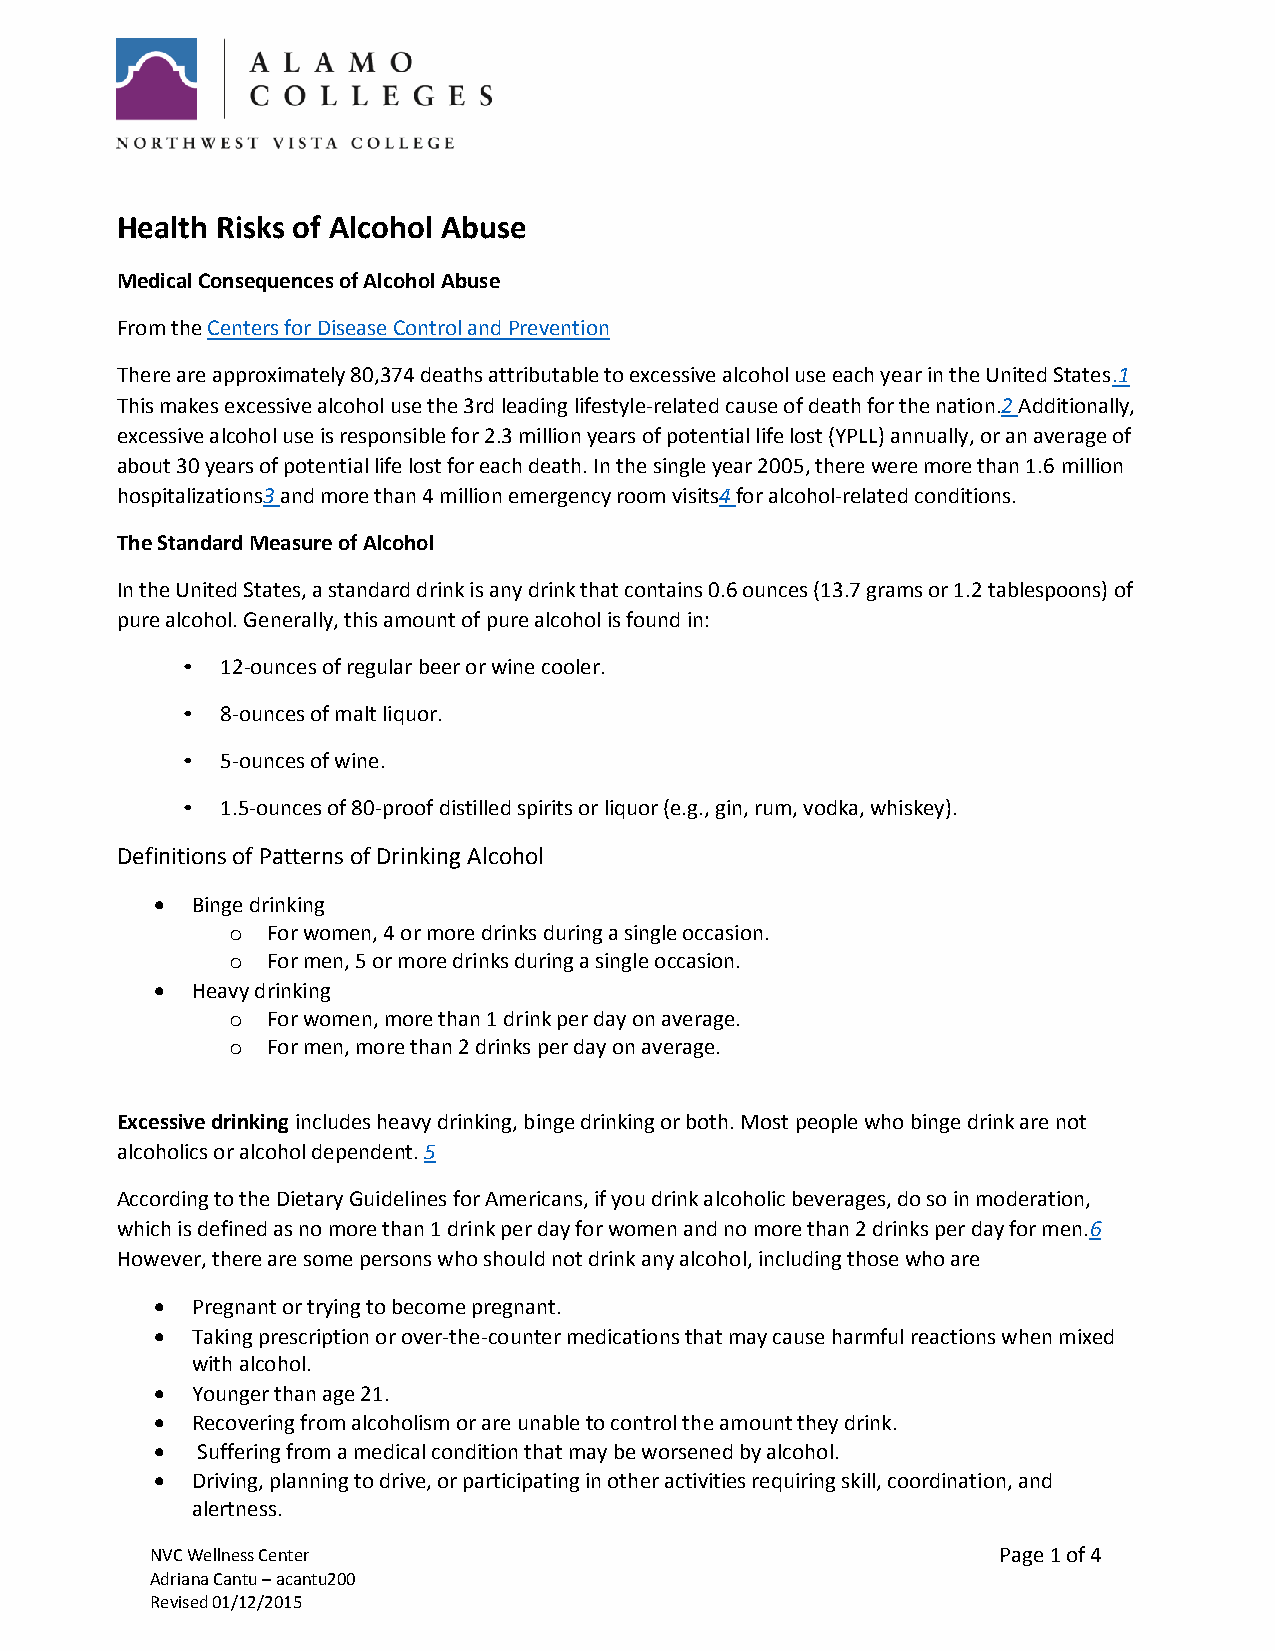
Health Risks of Alcohol Abuse
 Medical Consequences of Alcohol Abuse
 From the Centers for Disease Control and Prevention
 There are approximately 80,374 deaths attributable to excessive alcohol use each year in the United States.1
 This makes excessive alcohol use the 3rd leading lifestyle-related cause of death for the nation.2 Additionally,
 excessive alcohol use is responsible for 2.3 million years of potential life lost (YPLL) annually, or an average of
 about 30 years of potential life lost for each death. In the single year 2005, there were more than 1.6 million
 hospitalizations3 and more than 4 million emergency room visits4 for alcohol-related conditions.
 The Standard Measure of Alcohol
 In the United States, a standard drink is any drink that contains 0.6 ounces (13.7 grams or 1.2 tablespoons) of
 pure alcohol. Generally, this amount of pure alcohol is found in:
 •  12-ounces of regular beer or wine cooler.
 •  8-ounces of malt liquor.
 •  5-ounces of wine.
 •  1.5-ounces of 80-proof distilled spirits or liquor (e.g., gin, rum, vodka, whiskey).
 Definitions of Patterns of Drinking Alcohol
   Binge drinking
 o  For women, 4 or more drinks during a single occasion.
 o  For men, 5 or more drinks during a single occasion.
   Heavy drinking
 o  For women, more than 1 drink per day on average.
 o  For men, more than 2 drinks per day on average.
 Excessive drinking includes heavy drinking, binge drinking or both. Most people who binge drink are not
 alcoholics or alcohol dependent. 5
 According to the Dietary Guidelines for Americans, if you drink alcoholic beverages, do so in moderation,
 which is defined as no more than 1 drink per day for women and no more than 2 drinks per day for men.6
 However, there are some persons who should not drink any alcohol, including those who are
   Pregnant or trying to become pregnant.
   Taking prescription or over-the-counter medications that may cause harmful reactions when mixed
 with alcohol.
   Younger than age 21.
   Recovering from alcoholism or are unable to control the amount they drink.
   Suffering from a medical condition that may be worsened by alcohol.
   Driving, planning to drive, or participating in other activities requiring skill, coordination, and
 alertness.
 NVC Wellness Center                                     Page 1 of 4
 Adriana Cantu – acantu200
 Revised 01/12/2015